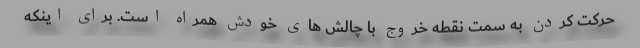
حرکت کردن به سمت نقطه خروج با چالش های خودش همراه است. برای اینکه